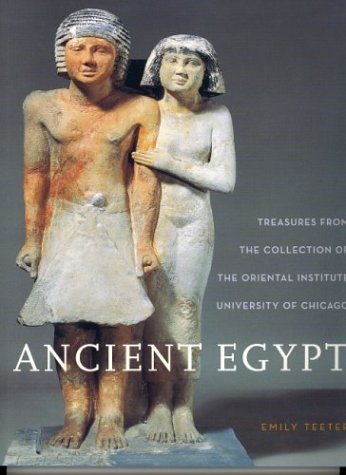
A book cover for Ancient Egypt: Treasures from the Collection of the Oriental Institute (The Oriental Institute of the University of Chicago); Emily Teeter; Reference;